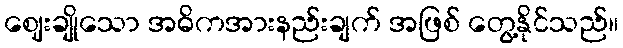
ဈေးချိုသော အဓိကအားနည်းချက် အဖြစ် တွေ့နိုင်သည်။